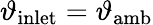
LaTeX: \vartheta_{\mathrm{inlet}}=\vartheta_{\mathrm{amb}}